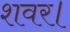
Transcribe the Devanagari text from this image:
शवर।